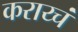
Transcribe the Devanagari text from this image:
कराय्चं